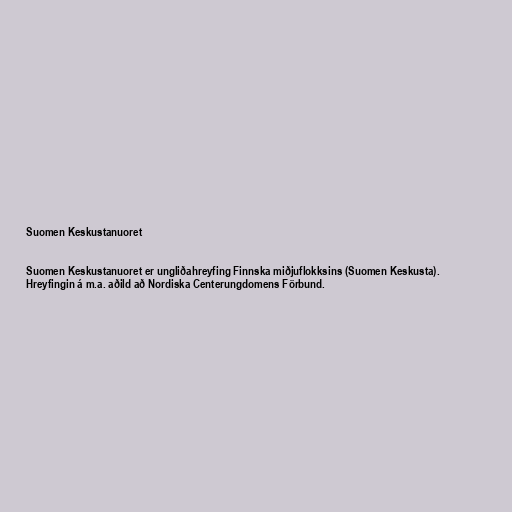
Suomen Keskustanuoret

Suomen Keskustanuoret er ungliðahreyfing Finnska miðjuflokksins (Suomen Keskusta).
Hreyfingin á m.a. aðild að Nordiska Centerungdomens Förbund.